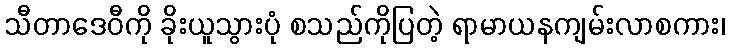
သီတာဒေဝီကို ခိုးယူသွားပုံ စသည်ကိုပြတဲ့ ရာမာယနကျမ်းလာစကား၊